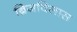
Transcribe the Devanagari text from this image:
ब्रिजविलास